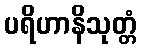
ပရိဟာနိသုတ္တံ